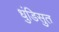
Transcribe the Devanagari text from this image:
धुंडिसुत